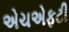
એચએફટી